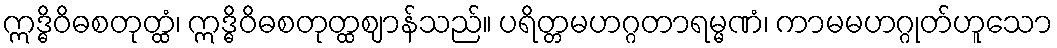
ဣဒ္ဓိဝိဓစတုတ္ထံ၊ ဣဒ္ဓိဝိဓစတုတ္ထဈာန်သည်။ ပရိတ္တမဟဂ္ဂတာရမ္မဏံ၊ ကာမမဟဂ္ဂုတ်ဟူသော